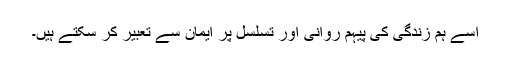
اسے ہم زندگی کی پیہم روانی اور تسلسل پر ایمان سے تعبیر کر سکتے ہیں۔